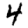
Digit: 4